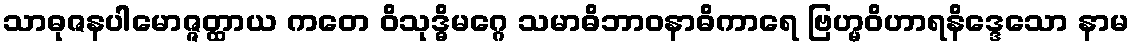
သာဓုဇနပါမောဇ္ဇတ္ထာယ ကတေ ဝိသုဒ္ဓိမဂ္ဂေ သမာဓိဘာဝနာဓိကာရေ ဗြဟ္မဝိဟာရနိဒ္ဒေသော နာမ